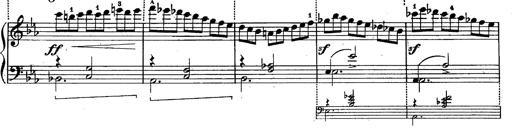
Title: Schubert's Impromptus [revised and edited by Franz Liszt]
Composer: Franz Liszt